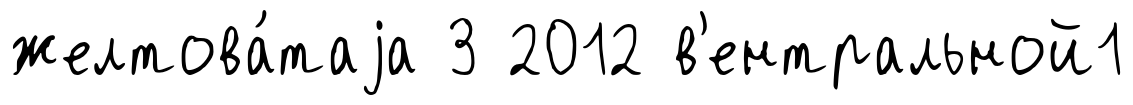
желтова́таjа 3 2012 в'ентральной1